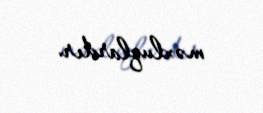
məxluqlardır.